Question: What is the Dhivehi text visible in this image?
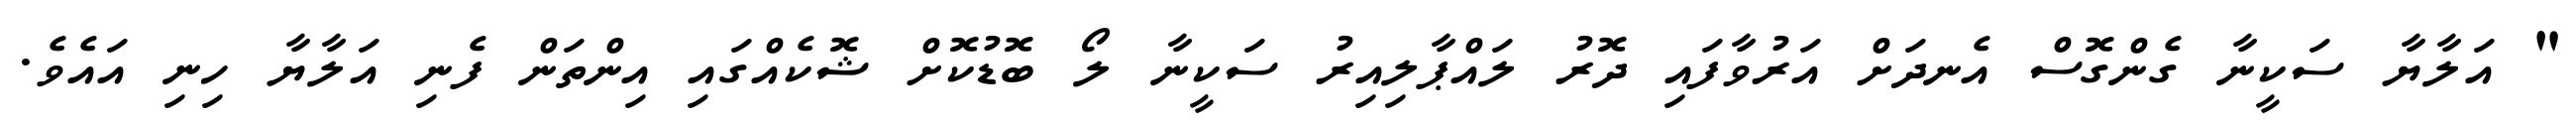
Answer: " އަލާޔާ ސަކީނާ ގެންގޮސް އެނދަށް އަރުވާފައި ދޮރު ލައްޕާލިއިރު ސަކީނާ ލޯ ބޮޑުކޮށް ޝޮކެއްގައި އިންތަން ފެނި އަލާޔާ ހިނި އައެވެ.